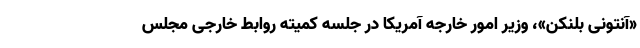
«آنتونی بلنکن»، وزیر امور خارجه آمریکا در جلسه کمیته روابط خارجی مجلس